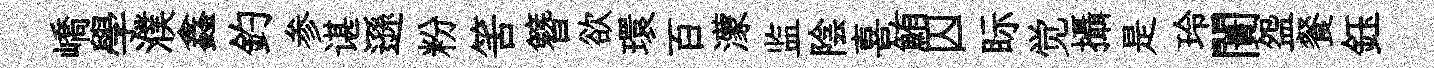
嶠學濮鑫釣参谌遜粉筈簪欲環百濛监陰喜鮪囚眎觉攝是玲闠盌餐鈺